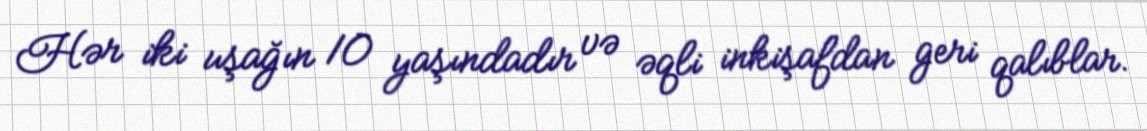
Hər iki uşağın 10 yaşındadır və əqli inkişafdan geri qalıblar.